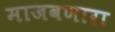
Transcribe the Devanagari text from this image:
माजवणारा